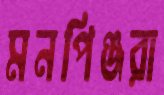
মনপিঞ্জরা